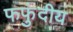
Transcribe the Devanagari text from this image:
फफुंदीय